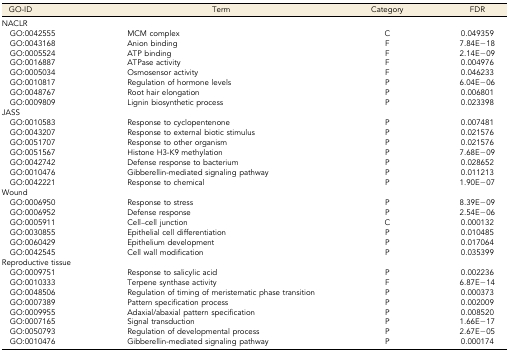
<table><thead><tr><td><b>GO-ID</b></td><td><b>Term</b></td><td><b>Category</b></td><td><b>FDR</b></td></tr></thead><tbody><tr><td>NACLR</td><td></td><td></td><td></td></tr><tr><td> GO:0042555</td><td>MCM complex</td><td>C</td><td>0.049359</td></tr><tr><td> GO:0043168</td><td>Anion binding</td><td>F</td><td>7.84E−18</td></tr><tr><td> GO:0005524</td><td>ATP binding</td><td>F</td><td>2.14E−09</td></tr><tr><td> GO:0016887</td><td>ATPase activity</td><td>F</td><td>0.004976</td></tr><tr><td> GO:0005034</td><td>Osmosensor activity</td><td>F</td><td>0.046233</td></tr><tr><td> GO:0010817</td><td>Regulation of hormone levels</td><td>P</td><td>6.04E−06</td></tr><tr><td> GO:0048767</td><td>Root hair elongation</td><td>P</td><td>0.006801</td></tr><tr><td> GO:0009809</td><td>Lignin biosynthetic process</td><td>P</td><td>0.023398</td></tr><tr><td>JASS</td><td></td><td></td><td></td></tr><tr><td> GO:0010583</td><td>Response to cyclopentenone</td><td>P</td><td>0.007481</td></tr><tr><td> GO:0043207</td><td>Response to external biotic stimulus</td><td>P</td><td>0.021576</td></tr><tr><td> GO:0051707</td><td>Response to other organism</td><td>P</td><td>0.021576</td></tr><tr><td> GO:0051567</td><td>Histone H3-K9 methylation</td><td>P</td><td>7.68E−09</td></tr><tr><td> GO:0042742</td><td>Defense response to bacterium</td><td>P</td><td>0.028652</td></tr><tr><td> GO:0010476</td><td>Gibberellin-mediated signaling pathway</td><td>P</td><td>0.011213</td></tr><tr><td> GO:0042221</td><td>Response to chemical</td><td>P</td><td>1.90E−07</td></tr><tr><td>Wound</td><td></td><td></td><td></td></tr><tr><td> GO:0006950</td><td>Response to stress</td><td>P</td><td>8.39E−09</td></tr><tr><td> GO:0006952</td><td>Defense response</td><td>P</td><td>2.54E−06</td></tr><tr><td> GO:0005911</td><td>Cell–cell junction</td><td>C</td><td>0.000132</td></tr><tr><td> GO:0030855</td><td>Epithelial cell differentiation</td><td>P</td><td>0.010485</td></tr><tr><td> GO:0060429</td><td>Epithelium development</td><td>P</td><td>0.017064</td></tr><tr><td> GO:0042545</td><td>Cell wall modification</td><td>P</td><td>0.035399</td></tr><tr><td>Reproductive tissue</td><td></td><td></td><td></td></tr><tr><td> GO:0009751</td><td>Response to salicylic acid</td><td>P</td><td>0.002236</td></tr><tr><td> GO:0010333</td><td>Terpene synthase activity</td><td>F</td><td>6.87E−14</td></tr><tr><td> GO:0048506</td><td>Regulation of timing of meristematic phase transition</td><td>P</td><td>0.000373</td></tr><tr><td> GO:0007389</td><td>Pattern specification process</td><td>P</td><td>0.002009</td></tr><tr><td> GO:0009955</td><td>Adaxial/abaxial pattern specification</td><td>P</td><td>0.008520</td></tr><tr><td> GO:0007165</td><td>Signal transduction</td><td>P</td><td>1.66E−17</td></tr><tr><td> GO:0050793</td><td>Regulation of developmental process</td><td>P</td><td>2.67E−05</td></tr><tr><td> GO:0010476</td><td>Gibberellin-mediated signaling pathway</td><td>P</td><td>0.000174</td></tr></tbody></table>